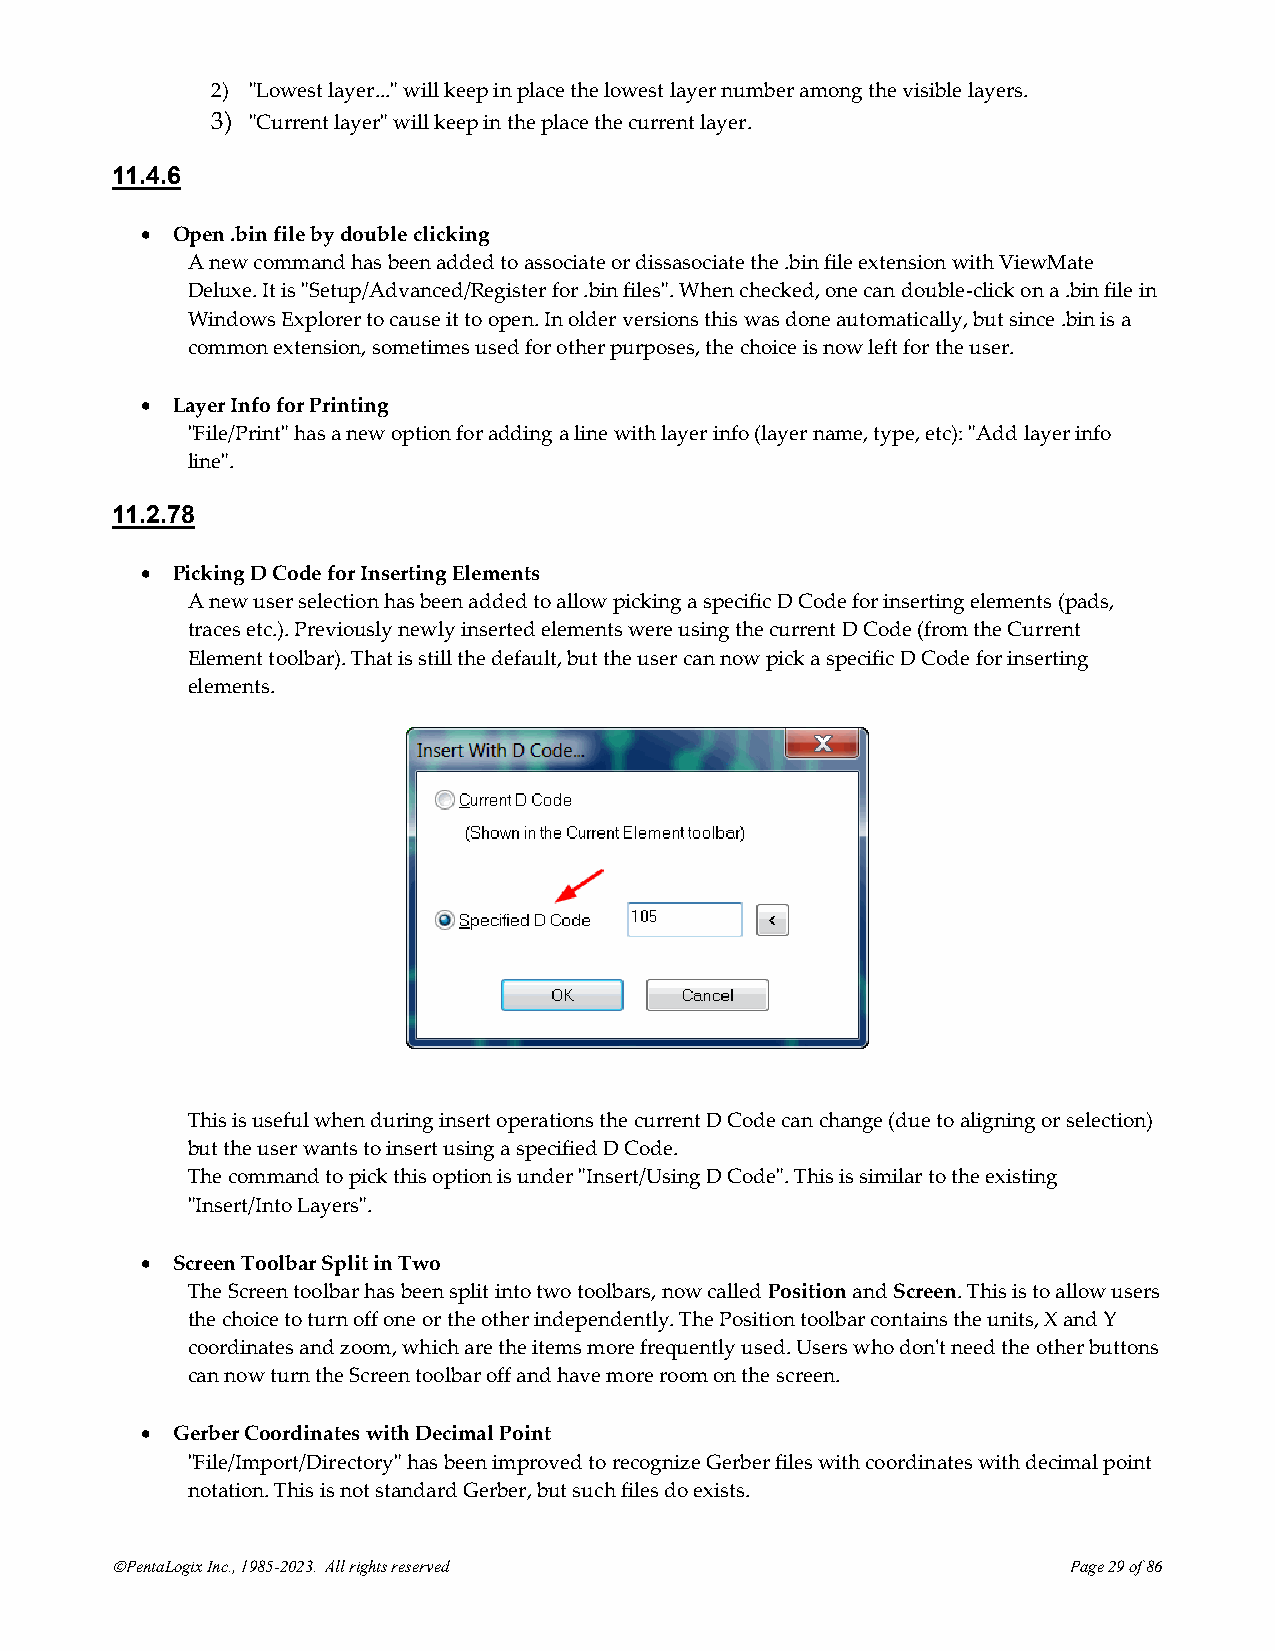
2) "Lowest layer..." will keep in place the lowest layer number among the visible layers.
 3) "Current layer" will keep in the place the current layer.
 11.4.6
 • Open .bin file by double clicking
 A new command has been added to associate or dissasociate the .bin file extension with ViewMate
 Deluxe. It is "Setup/Advanced/Register for .bin files". When checked, one can double-click on a .bin file in
 Windows Explorer to cause it to open. In older versions this was done automatically, but since .bin is a
 common extension, sometimes used for other purposes, the choice is now left for the user.
 • Layer Info for Printing
 "File/Print" has a new option for adding a line with layer info (layer name, type, etc): "Add layer info
 line".
 11.2.78
 • Picking D Code for Inserting Elements
 A new user selection has been added to allow picking a specific D Code for inserting elements (pads,
 traces etc.). Previously newly inserted elements were using the current D Code (from the Current
 Element toolbar). That is still the default, but the user can now pick a specific D Code for inserting
 elements.
 This is useful when during insert operations the current D Code can change (due to aligning or selection)
 but the user wants to insert using a specified D Code.
 The command to pick this option is under "Insert/Using D Code". This is similar to the existing
 "Insert/Into Layers".
 • Screen Toolbar Split in Two
 The Screen toolbar has been split into two toolbars, now called Position and Screen. This is to allow users
 the choice to turn off one or the other independently. The Position toolbar contains the units, X and Y
 coordinates and zoom, which are the items more frequently used. Users who don't need the other buttons
 can now turn the Screen toolbar off and have more room on the screen.
 • Gerber Coordinates with Decimal Point
 "File/Import/Directory" has been improved to recognize Gerber files with coordinates with decimal point
 notation. This is not standard Gerber, but such files do exists.
 ©PentaLogix Inc., 1985-2023. All rights reserved                Page 29 of 86